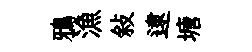
鴉漁敍逮塘